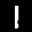
Label: 1